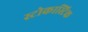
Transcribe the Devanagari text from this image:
स्टोकास्टिक